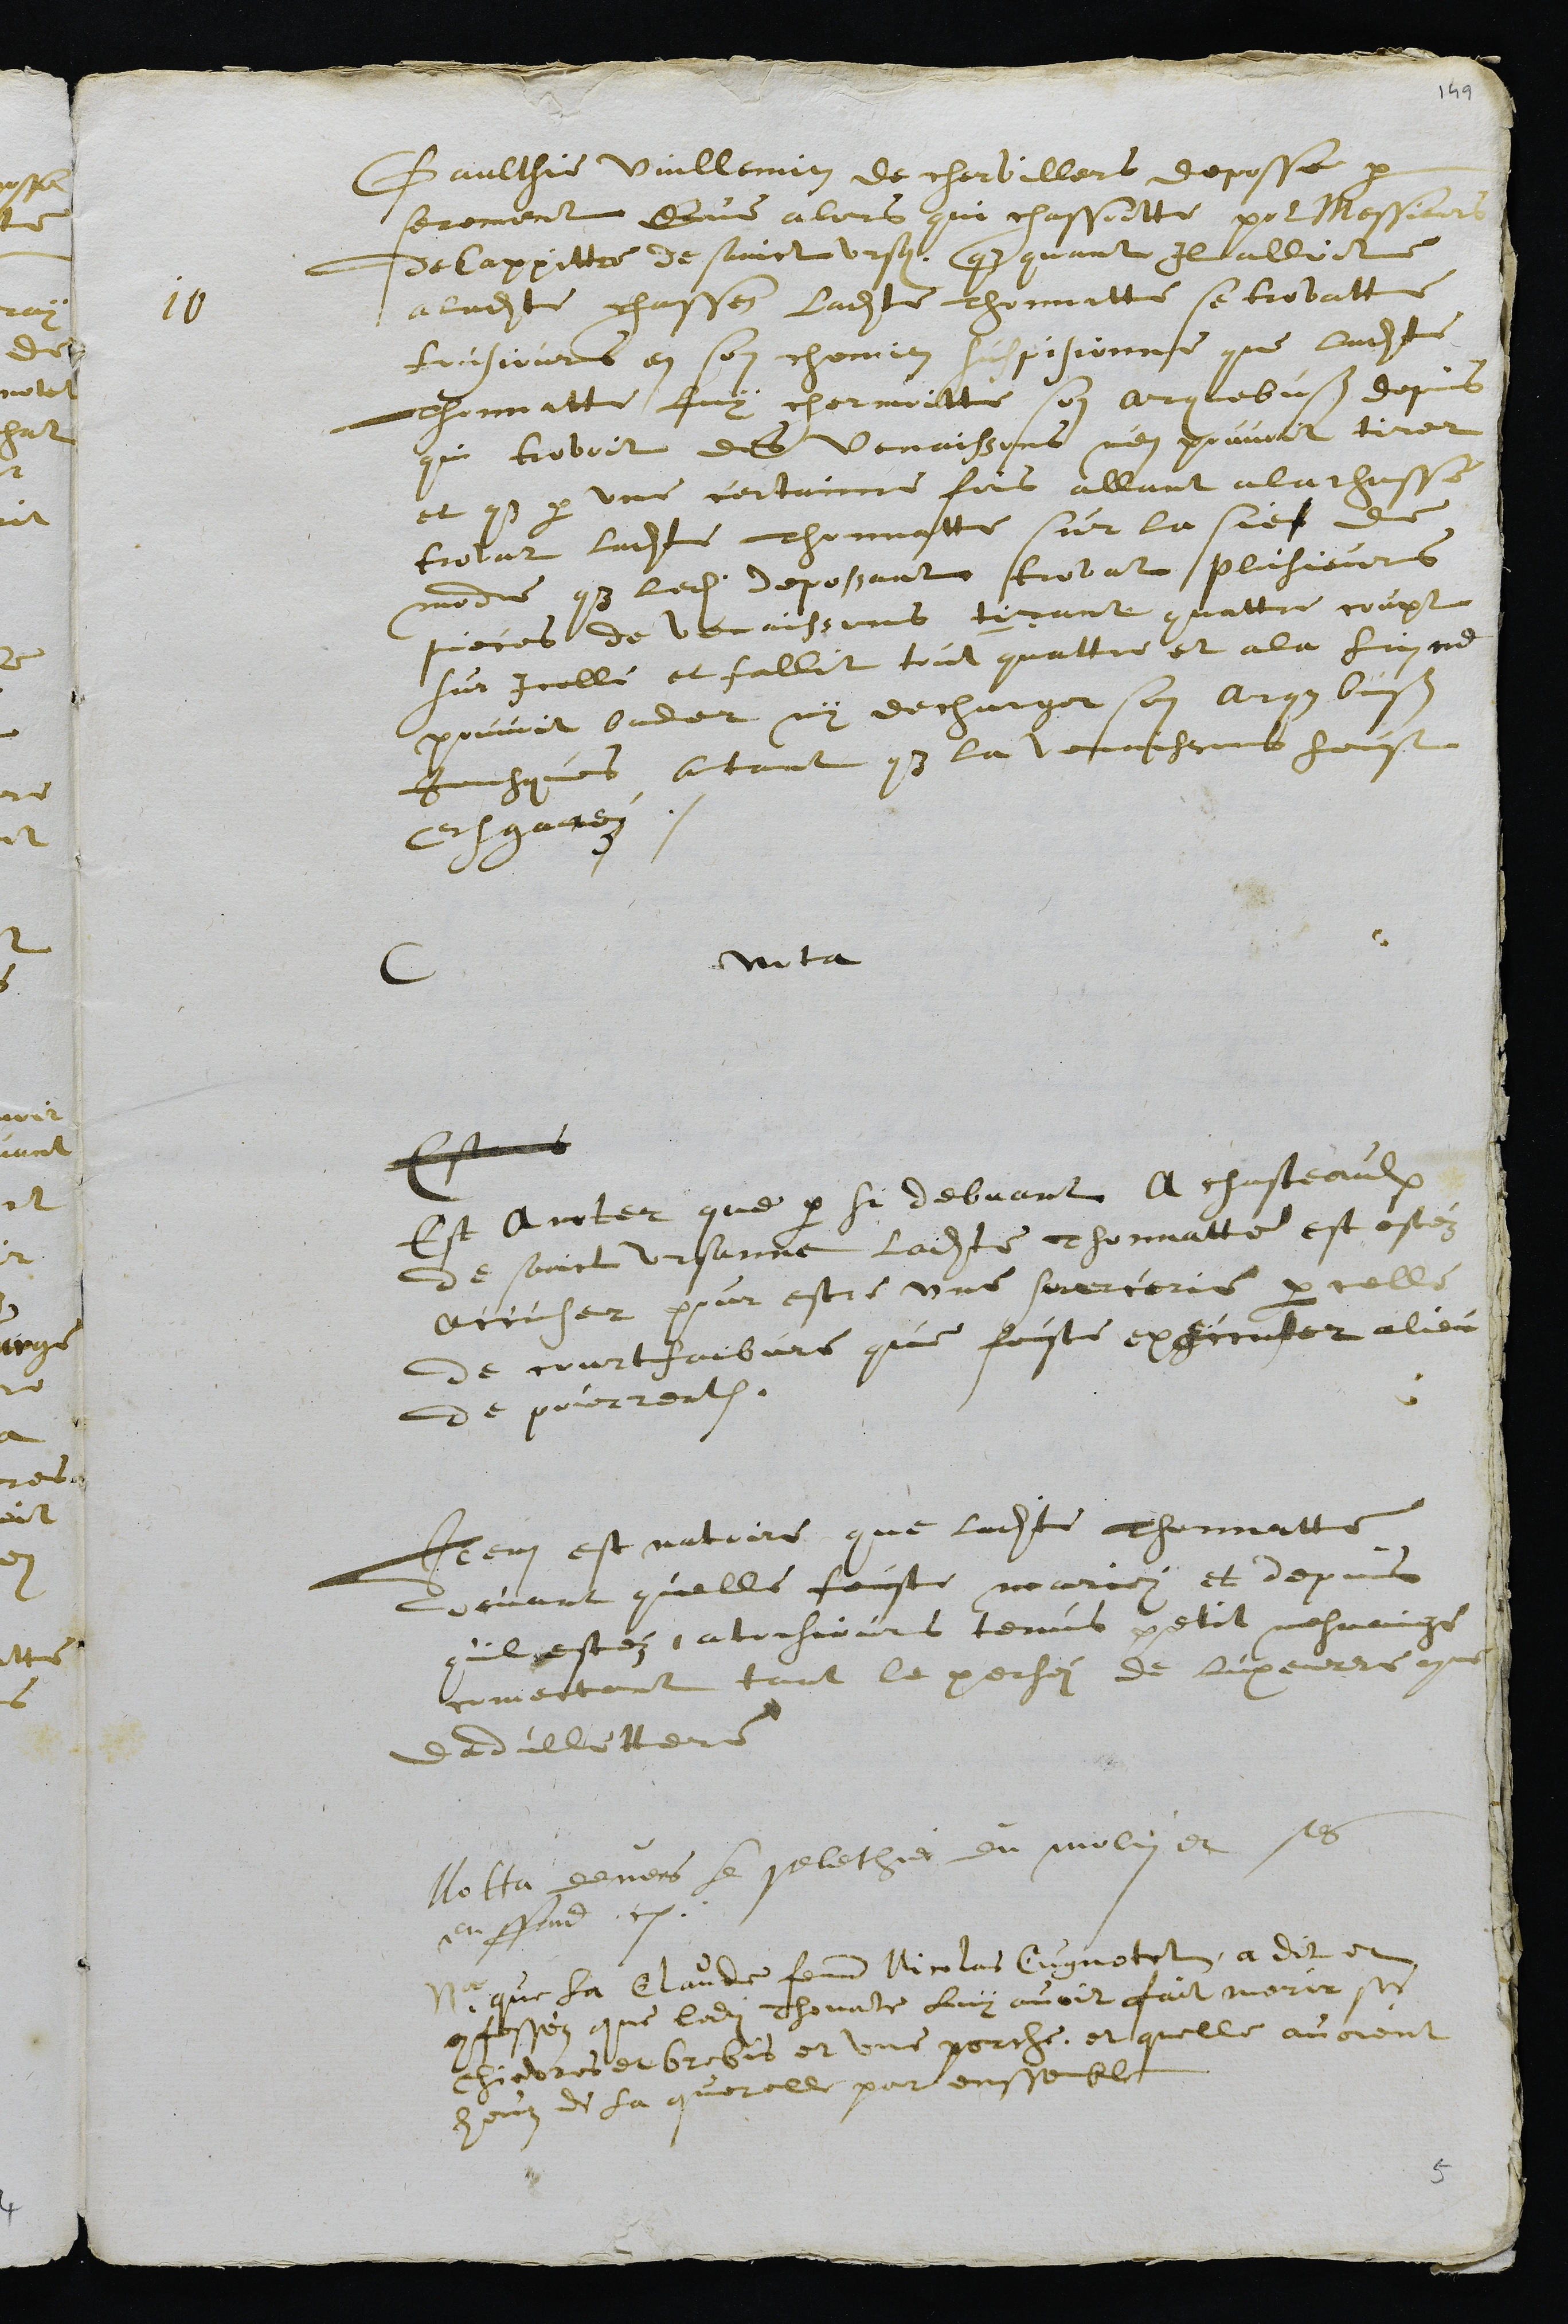
10
Gaulthie Vuillemin de chervillers deposse par
serement Que alors qui chassoitte pour Messieurs
de Cappittre de Sainct Ursanne que quant il alloit
a ladite chasse ladite Thonnatte se trovatte
tousjours en son chemin suspisionne que ladite
Thonnatte luy chermoitte son arquebusse depuis
qui trovoit des Venaissons nen pouvoit tirer
et que par une certaine fois allant a la chasse
trovat ladite Thonnatte sur la sies de
mode que ledit depossant trovat plusieurs
pieces de venaissons tirant quattre coupt
sur icelle et fallit tout quattre et a la fin ne
pouvoit bander ny decharger son arque buß
Jusques atant que la venaissons heust
Esganey.
C
nota
Estans
Est A noter que par si debvant A chasteaulx
de Sainct Ursanne ladite thonnatte est estéz
accuser pour estre une sourcerie par celle
de courtfaibvre que feuste execcuter a lieu
de pourrentruy.
Item est notoire que ladite Thonnatte
devant quelle feuste mariez et depuis
quil estéz a tousjours tenus petit mesnaige
comectant tant le pechez de luxeurre comme
dadullettere
Notta devers le pelethier du molin et ses
enffend.
Na que la Claude femme Nicolas Cugnotet, a dit et
confessez que ladite Thonatte luy avoit fait morir ses
chievres et brebis et une porche, et quelle avoient
heuz de la querelle par enssemble

5